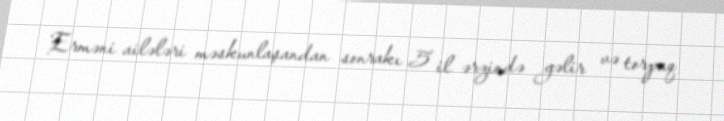
Erməni ailələri məskunlaşandan sonrakı 5 il ərzində gəlir və torpaq